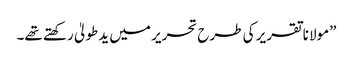
”مولانا تقریر کی طرح تحریر میں یدطولیٰ رکھتے تھے۔